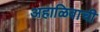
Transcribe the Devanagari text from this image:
अहाळिवाची